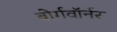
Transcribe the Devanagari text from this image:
बोर्गवॉर्नर